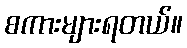
စကားများရတယ်။